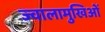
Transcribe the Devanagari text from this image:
ज्वालामुखिओं